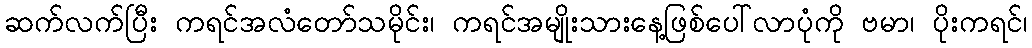
ဆက်လက်ပြီး ကရင်အလံတော်သမိုင်း၊ ကရင်အမျိုးသားနေ့ဖြစ်ပေါ်လာပုံကို ဗမာ၊ ပိုးကရင်၊